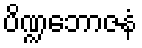
ပိဏ္ဍဘောဇနံ